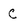
Character: c